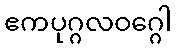
ဧကပုဂ္ဂလဝဂ္ဂေါ